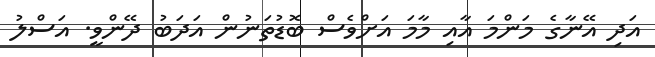
އަދި އޭނާގެ މަންމަ އާއި މާމަ އަށްވެސް ބޮޑުތަނުން އަދަބު ދޭންވީ. އަސްލު